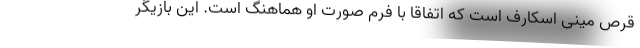
قرص مینی اسکارف است که اتفاقا با فرم صورت او هماهنگ است. این بازیگر